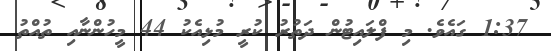
1:37 ގައެވެ. މި ފްލައިޓުން ދަތުރު ކުރީ މުޅިއެކު 44 މީހުންނާއި ތުއްތު